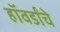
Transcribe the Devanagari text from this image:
हॉवर्डांचे